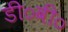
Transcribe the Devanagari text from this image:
डी०वी०